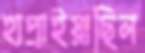
হাপ্‌রাইয়াছিল